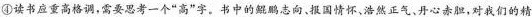
④读书应重高格调，需要思考一个”高”字。书中的鲲鹏志向、报国情怀、浩然正气、丹心赤胆，对我们的精